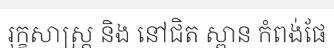
រុក្ខសាស្ត្រ និង នៅជិត ស្ពាន កំពង់ផែ